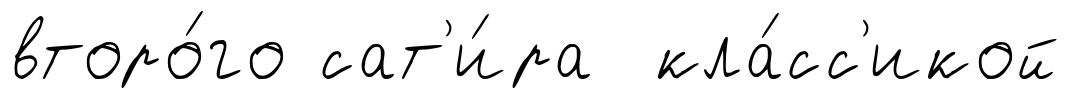
второ́го сат'и́ра кла́сс'икой